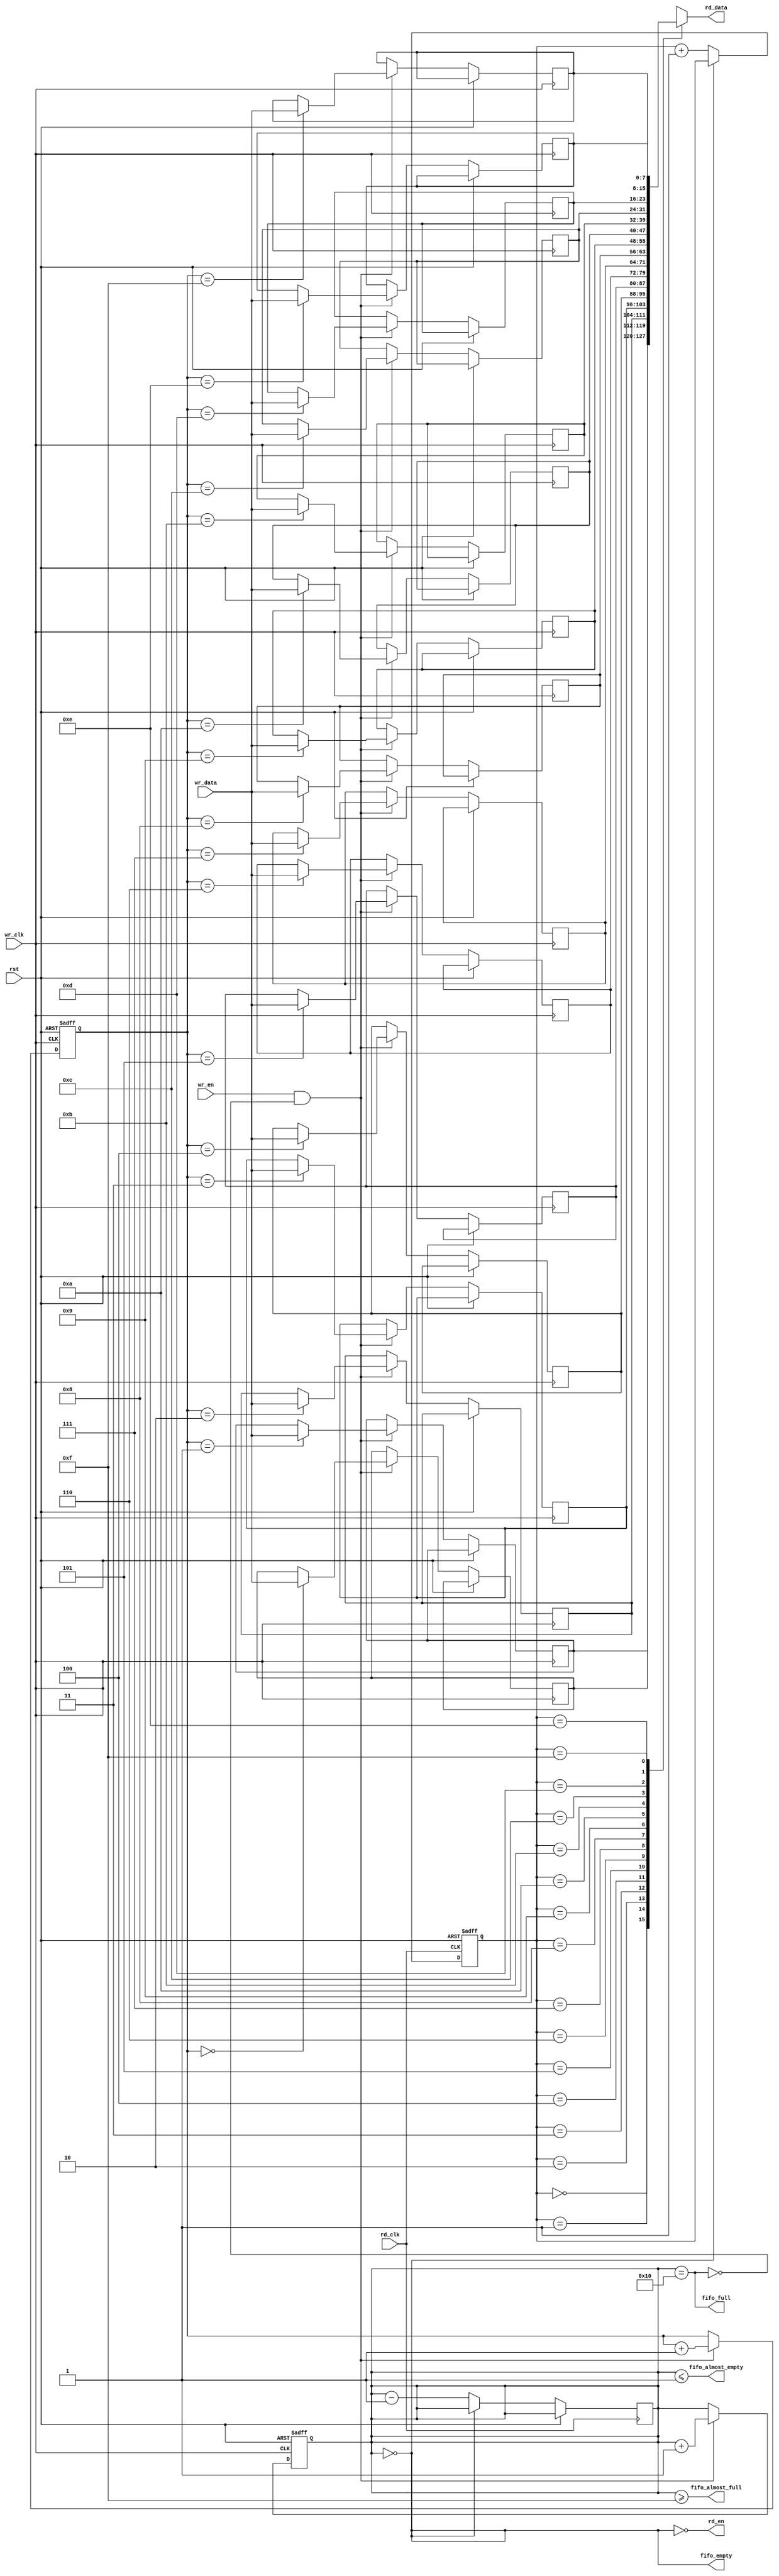
module fifo_synchronizer #(
    parameter DATA_WIDTH = 8,
    parameter FIFO_DEPTH = 16
)(
    input wire wr_clk,               // Write clock
    input wire rd_clk,               // Read clock
    input wire rst,                  // Reset signal
    input wire wr_en,                // Write enable
    input wire [DATA_WIDTH-1:0] wr_data, // Data to write
    output wire rd_en,               // Read enable
    output wire [DATA_WIDTH-1:0] rd_data, // Data read
    output wire fifo_full,           // FIFO full status
    output wire fifo_empty,          // FIFO empty status
    output wire fifo_almost_full,    // FIFO almost full status
    output wire fifo_almost_empty     // FIFO almost empty status
);

// FIFO Memory
reg [DATA_WIDTH-1:0] fifo_mem [0:FIFO_DEPTH-1];
reg [clog2(FIFO_DEPTH)-1:0] wr_ptr, rd_ptr;
reg [clog2(FIFO_DEPTH):0] fifo_count; // Count of items in FIFO

// Write Control Logic
always @(posedge wr_clk or posedge rst) begin
    if (rst) begin
        wr_ptr <= 0;
        fifo_count <= 0;
    end else if (wr_en && !fifo_full) begin
        fifo_mem[wr_ptr] <= wr_data;
        wr_ptr <= wr_ptr + 1'b1;
        fifo_count <= fifo_count + 1'b1;
    end
end

// Read Control Logic
always @(posedge rd_clk or posedge rst) begin
    if (rst) begin
        rd_ptr <= 0;
    end else if (rd_en && !fifo_empty) begin
        rd_ptr <= rd_ptr + 1'b1;
        fifo_count <= fifo_count - 1'b1;
    end
end

// FIFO Status Logic
assign fifo_full = (fifo_count == FIFO_DEPTH);
assign fifo_empty = (fifo_count == 0);
assign fifo_almost_full = (fifo_count >= (FIFO_DEPTH - 1));
assign fifo_almost_empty = (fifo_count <= 1);

// FIFO Read Data
assign rd_data = fifo_mem[rd_ptr];

// Read Enable Logic
assign rd_en = !fifo_empty;

// Utility function to calculate log base 2
function integer clog2;
    input integer value;
    begin
        value = value - 1;
        for (clog2 = 0; value > 0; clog2 = clog2 + 1)
            value = value >> 1;
    end
endfunction

endmodule